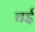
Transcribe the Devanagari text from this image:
चई